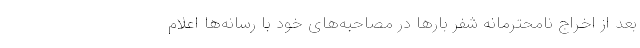
بعد از اخراج نامحترمانه شفر بارها در مصاحبه‌های خود با رسانه‌ها اعلام